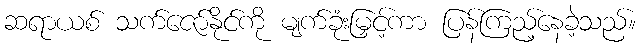
ဆရာယစ် သက်ဇော်နိုင်ကို မျက်ခုံးမြှင့်ကာ ပြန်ကြည့်နေခဲ့သည်။